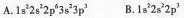
A.1s^{2}2s^{2}2p^{6}3p^{3} B.1s^{2}2s^{2}2p^{3}